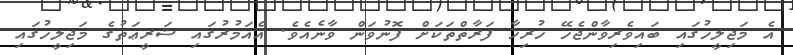
އެ މަޖިލީހުގައި ބައިވެރިވާންޖެހޭ ހުރިހާ ފަރާތްތަކަށް ފޮނުވަން ވާނެއެވެ. އެއަމުރުގައި ޝަރީޢަތުގެ މަޖިލީހުގައި